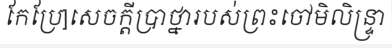
កែប្រែ]សេចក្តីប្រាថ្នារបស់ព្រះចៅមិលិន្ទ្រា